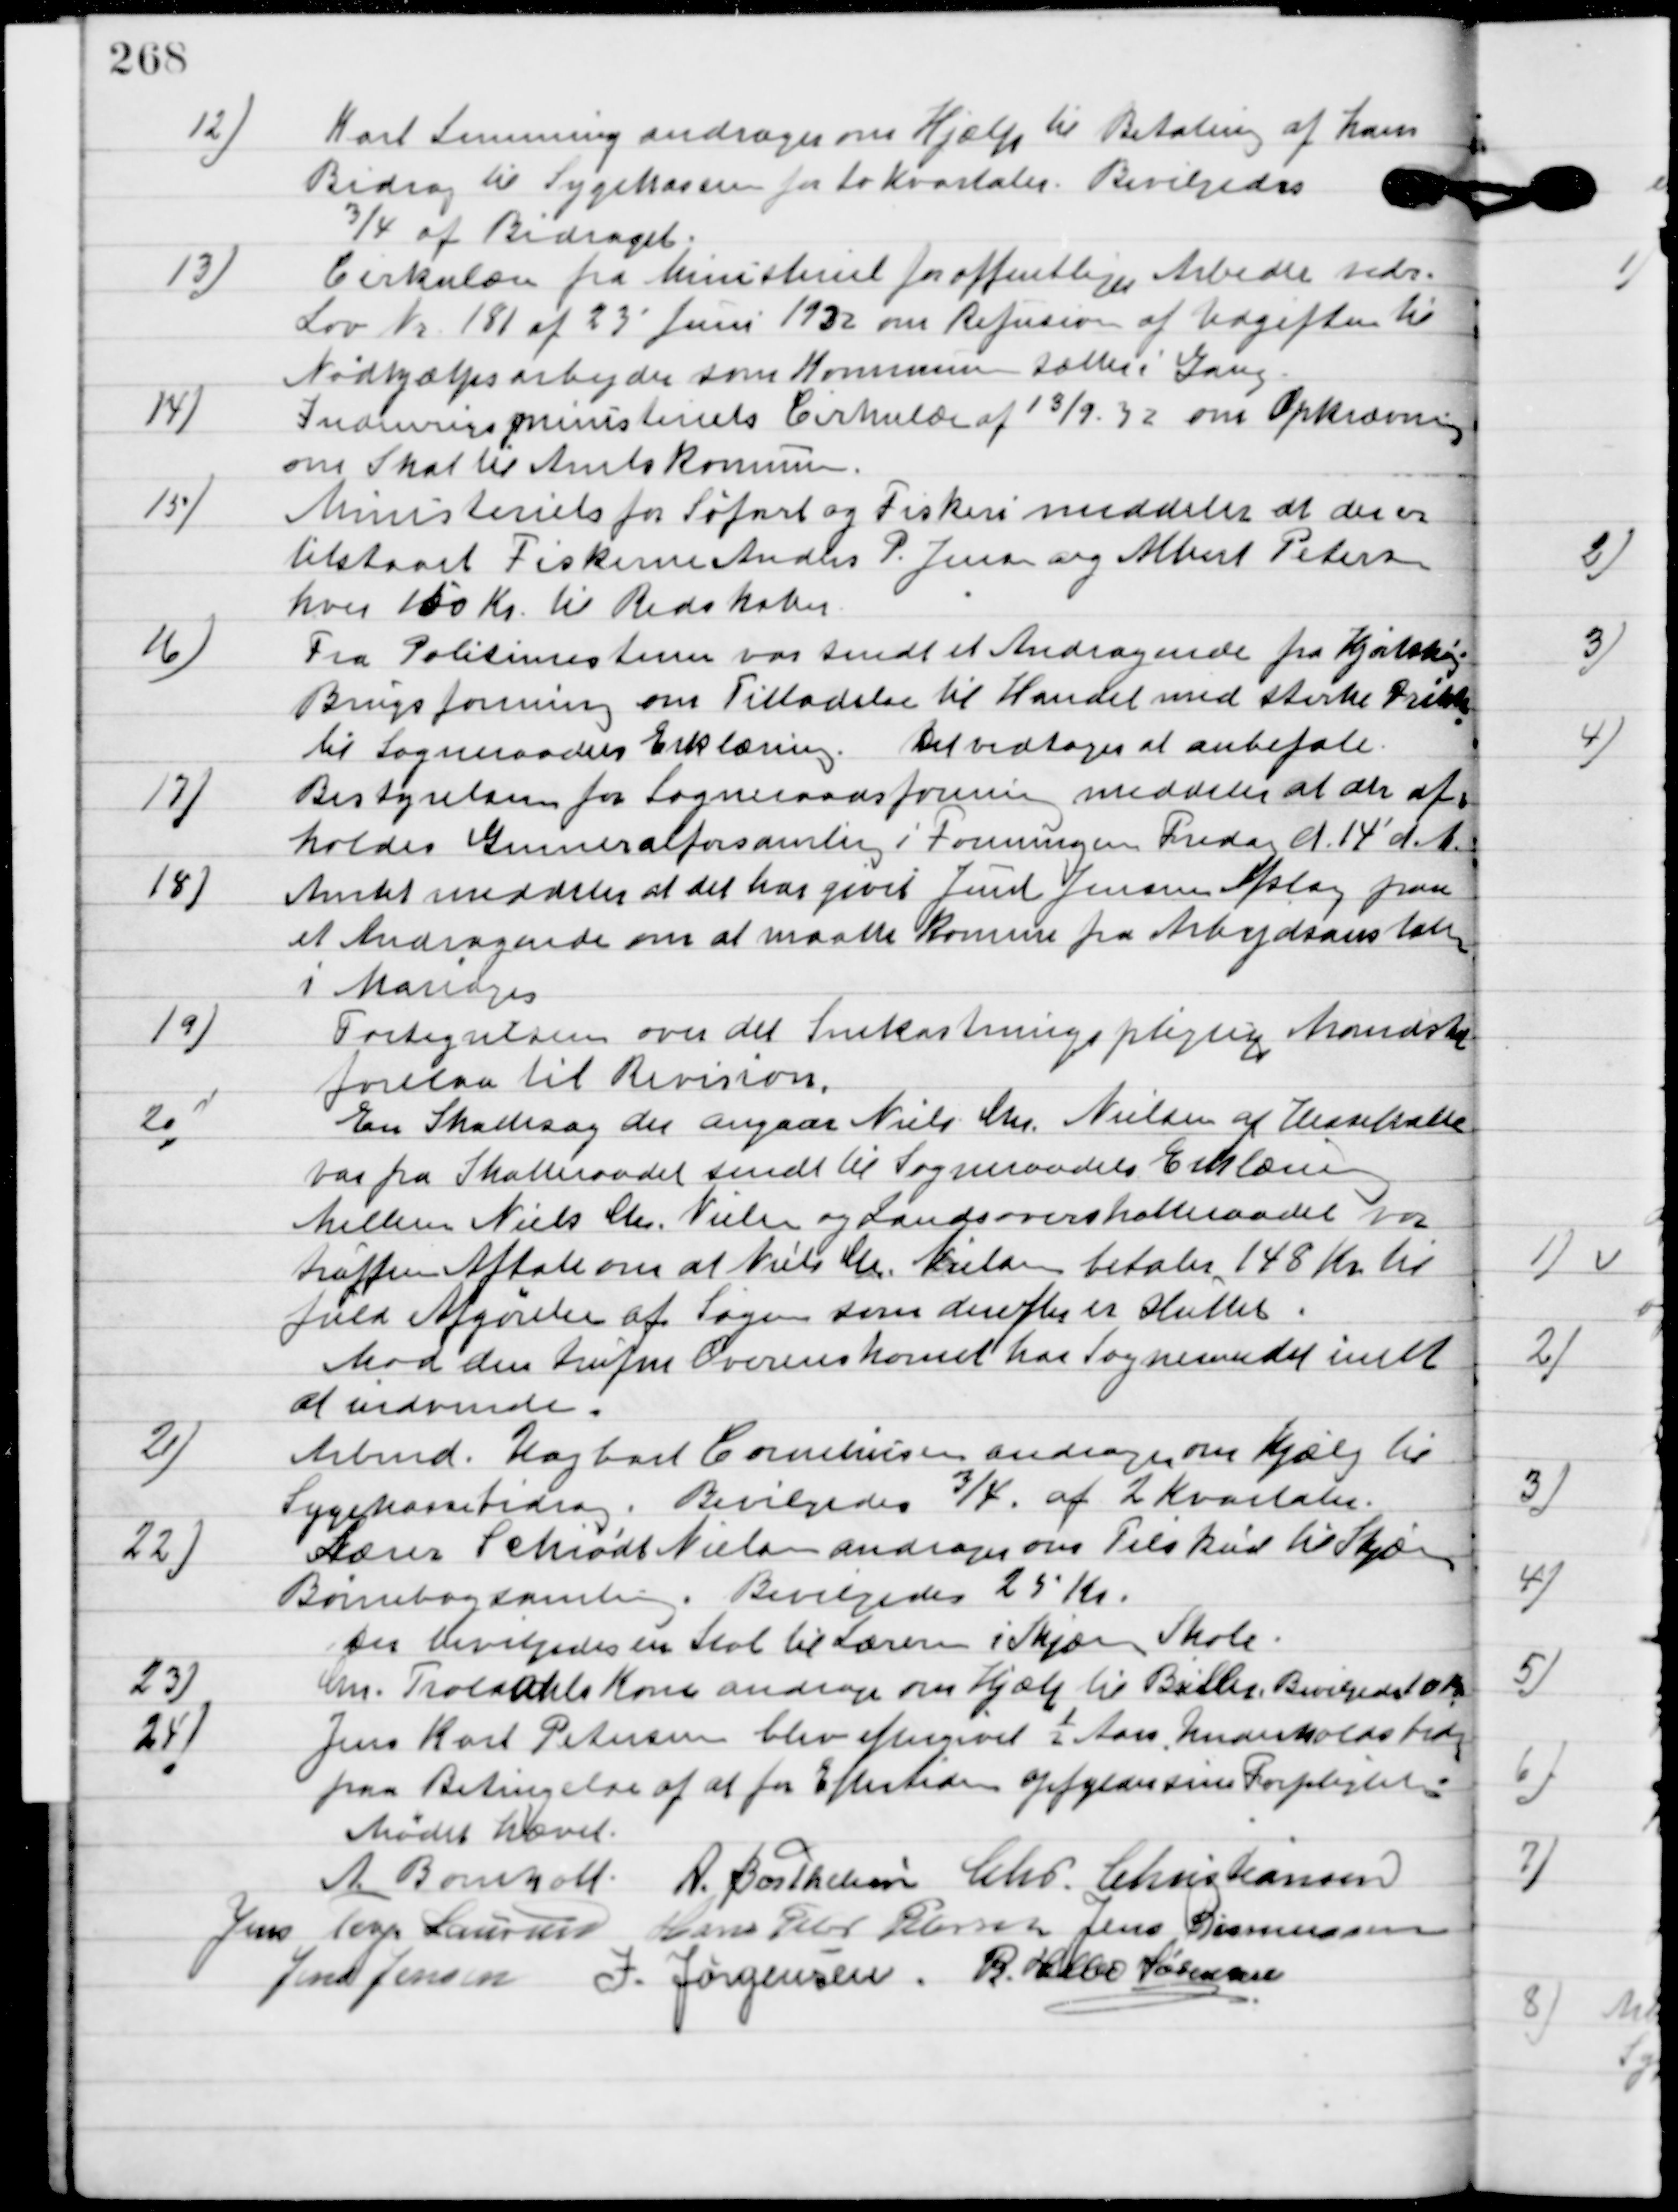
Transskription:
12

Karl Lemming andrager om Hjælp til Betaling af hans
Bidrag til Sygekassen for to Kvartaler.
Bevilgedes
¾ af Bidraget.

13.

Cirkulære fra Ministeriet for offentlige Arbejder vedr.
Lov Nr. 181 af 23 Juni 1932 om Refusion af Udgiften til
Nødhjælpsarbejder som Kommunen sætter i Gang.

14.

Indenrigsministeriets Cirkulære af 13/9 32 om Opkrævning
om Skat til Amtets Kommune.

15.

Ministeriet for Søfart og Fiskeri meddeler at der er
tilstaaet Fiskerne Anders P. Jensen og Albert Petersen
hver 150 Kr. til Redskaber.

16.

Fra Politimesteren var sendt et Andragende fra Hjortshøj
Brugsforening om Tilladelse til handel med stærke drikke
til Sogneraadets Erklæring.
Det vedtoges at anbefale.

17.

Bestyrelsen for Sogneraadsforeningen meddeler at der af-
holdes Generalforsamling i Foreningen Fredag d. 14. d. A.

18.

Amtet meddeler at det har givet Juul Jenssen afslag paa 
et Andragende om at maatte komme fra Arbejdsanstalten 
i Mariager.

19

Fortegnelsen over det Snekastningspligtige Mandskab
forelaa til Revision.

20

En Skattesag der angaar Niels Chr. Nielsen af Hesselballe
var fra Skatteraadet sendt til Sogneraadets Erklæring.
Mellem Neils Chr. Nielsen og Landsoverskatteraadet var
truffen Aftale om at Niels Chr. Nielsen betaler 148 Kr. til
fuld Afgørelse af Sagen som derefter er sluttet.
Mod den trufne Overenskomst har Sogneraadet intet
at indvende.

21

Arbmd. Hagbart Corneliusen andrager om Hjælp til 
Sygekassebidrag.
Bevilgedes ¾ af 2 Kvartaler.

22

Lærer Schiødt Nielsen andrager om tilskud til Skæring
Børnebogsamling.
Bevilgedes 25 Kr.
Der bevilgedes en Stol til Læreren i Skjæring skole.

23

Grd. Troldahls Kone andrage om Hjælp til Briller.
Bevilgedes 10 Kr.

24

Jens Karl Petersen blev eftergivet ½ Aars Indkomstbidrag
paa Betingelse af at for Eftertiden opfyldelse sin Forpligtelse.

Mødet hævet.

A. Bomholt
A. Berthelsen
Chr. Christiansen
Jens Terp Laursen
Hans Peter Pedersen
Jens Rasmussen
Jens Jensen
J. Jørgensen
R. Helbo Sørensen